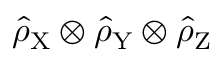
\hat { \rho } _ { \mathrm { X } } \otimes \hat { \rho } _ { \mathrm { Y } } \otimes \hat { \rho } _ { \mathrm { Z } }